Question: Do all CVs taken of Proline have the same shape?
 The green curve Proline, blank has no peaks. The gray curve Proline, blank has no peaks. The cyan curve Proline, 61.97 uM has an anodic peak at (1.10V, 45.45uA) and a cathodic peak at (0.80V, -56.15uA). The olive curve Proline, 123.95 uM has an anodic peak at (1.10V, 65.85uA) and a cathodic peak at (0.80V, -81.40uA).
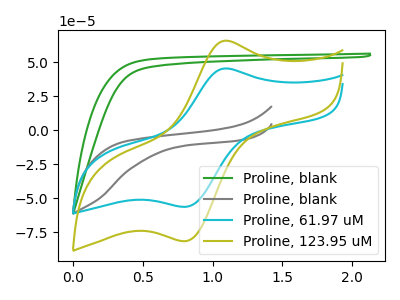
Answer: <think>Neither "Proline, blank" or "Proline, blank" have any peaks. "Proline, blank" and "Proline, 61.97 uM" have a different number of peaks. "Proline, blank" and "Proline, 123.95 uM" have a different number of peaks. "Proline, blank" and "Proline, 61.97 uM" have a different number of peaks. "Proline, blank" and "Proline, 123.95 uM" have a different number of peaks. All the peaks in "Proline, 61.97 uM" have a peak in "Proline, 123.95 uM" at the same potential. Every peak in "Proline, 61.97 uM" is lower than every peak in "Proline, 123.95 uM".
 </think>
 <answer>All the CV's of "Proline" have similar shape.</answer>
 <eval>follow_rule</eval>